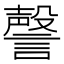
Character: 謦